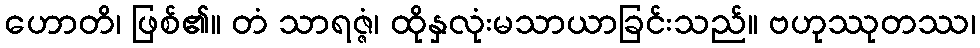
ဟောတိ၊ ဖြစ်၏။ တံ သာရဇ္ဇံ၊ ထိုနှလုံးမသာယာခြင်းသည်။ ဗဟုဿုတဿ၊